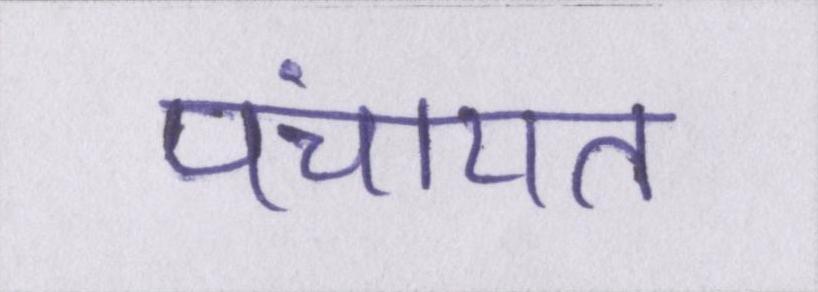
पंचायत